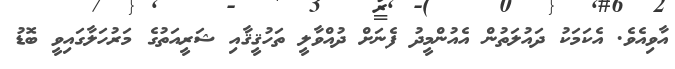
އާވިއެވެ. އެކަމަކު ދައުލަތުން އެއުންމީދު ފެނަށް ދުއްވާލީ ތަހުޤީޤާއި ޝަރީއަތުގެ މަރުހަލާގައިވީ ބޮޑު